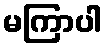
မကြာပါ